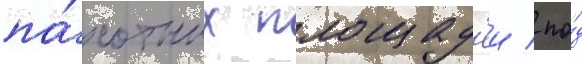
па́хотных площад'еи / по́д